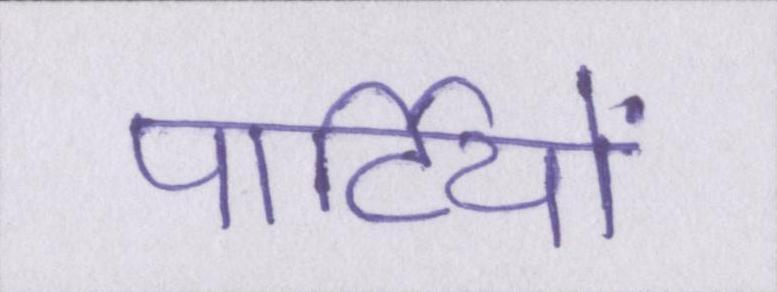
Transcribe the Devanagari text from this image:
पार्टियों